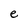
Character: e